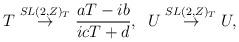
LaTeX: \begin{align*}T \stackrel{SL(2,Z)_T}{\rightarrow} \frac{aT-ib}{icT+d},\;\; U \stackrel{SL(2,Z)_T}{\rightarrow} U,\end{align*}